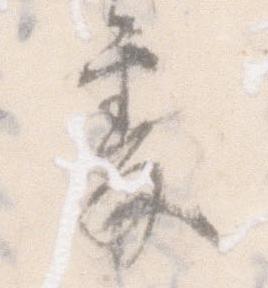
処